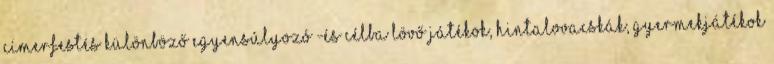
címerfestés Különböző egyensúlyozó -és célba lövő játékok, hintalovacskák, gyermekjátékok